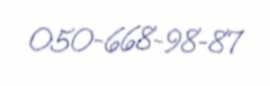
050-668-98-87